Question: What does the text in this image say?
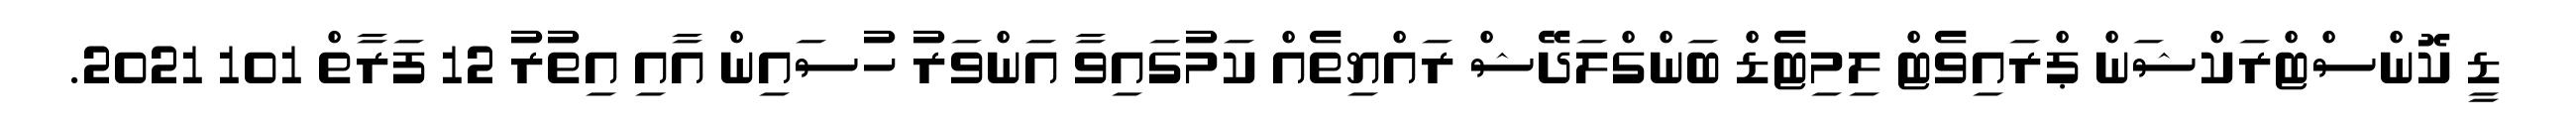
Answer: ޑީ ކޮންސްޓްރަކްޝަން ޕްރައިވެޓް ލިމިޓެޑް ބަންގްލަދޭޝް ރައްޔިތެއް ކަމުގައިވާ އަންވަރު ހުސައިން އާއި އިތުރު 12 ފަރާތް 101 2021.